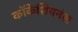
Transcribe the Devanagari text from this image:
कॉकेशियनंस